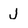
Character: J